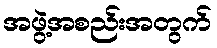
အဖွဲ့အစည်းအတွက်